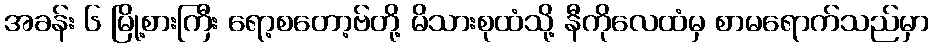
အခန်း ၆ မြို့စားကြီး ရော့စတော့ဗ်တို့ မိသားစုထံသို့ နီကိုလေထံမှ စာမရောက်သည်မှာ